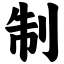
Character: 制